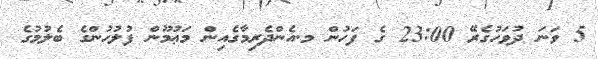
5 ވަނަ ދުވަހުގެރޭ 23:00 ގެ ފަހުން މ.އެންދެރިމާގެއިން މަޢުމޫން ފުލުހުންގެ ބެލުމުގެ